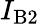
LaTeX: I_{\mathrm{B}2}